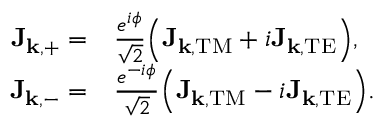
\begin{array} { r l } { \mathbf { J } _ { \mathbf { k } , + } = } & { { } \frac { e ^ { i \phi } } { \sqrt { 2 } } \Big ( \mathbf { J } _ { \mathbf { k } , \mathrm { T M } } + i \mathbf { J } _ { \mathbf { k } , \mathrm { T E } } \Big ) , } \\ { \mathbf { J } _ { \mathbf { k } , - } = } & { { } \frac { e ^ { - i \phi } } { \sqrt { 2 } } \Big ( \mathbf { J } _ { \mathbf { k } , \mathrm { T M } } - i \mathbf { J } _ { \mathbf { k } , \mathrm { T E } } \Big ) . } \end{array}